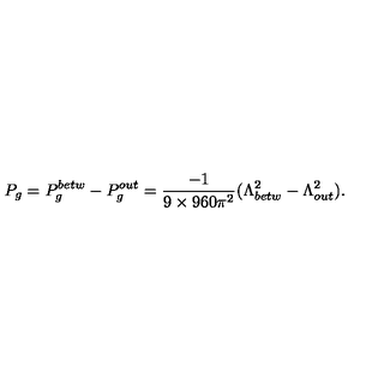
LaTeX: P _ { g } = P _ { g } ^ { b e t w } - P _ { g } ^ { o u t } = \frac { - 1 } { 9 \times 9 6 0 \pi ^ { 2 } } ( \Lambda _ { b e t w } ^ { 2 } - \Lambda _ { o u t } ^ { 2 } ) .